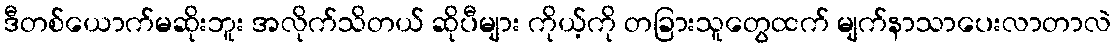
ဒီတစ်ယောက်မဆိုးဘူး အလိုက်သိတယ် ဆိုပီများ ကိုယ့်ကို တခြားသူတွေထက် မျက်နာသာပေးလာတာလဲ